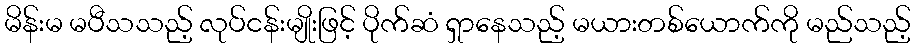
မိန်းမ မပီသသည့် လုပ်ငန်းမျိုးဖြင့် ပိုက်ဆံ ရှာနေသည့် မယားတစ်ယောက်ကို မည်သည့်